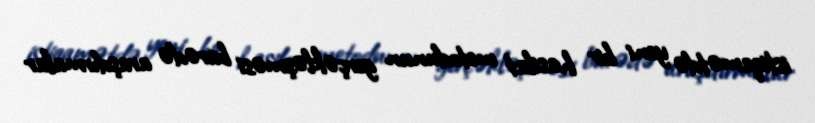
istiqamətdə yeni bir hasilat metodunun gerçəkləşməsi barədə araşdırmalar